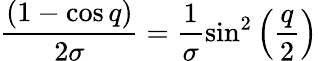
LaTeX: \frac{(1-\cos q)}{2\sigma}=\frac{1}{\sigma}\sin^{2}\left(\frac{q}{2}\right)